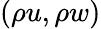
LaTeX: (\rho u,\rho w)